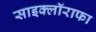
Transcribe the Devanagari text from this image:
साइक्लॉराफा